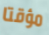
مؤقتا